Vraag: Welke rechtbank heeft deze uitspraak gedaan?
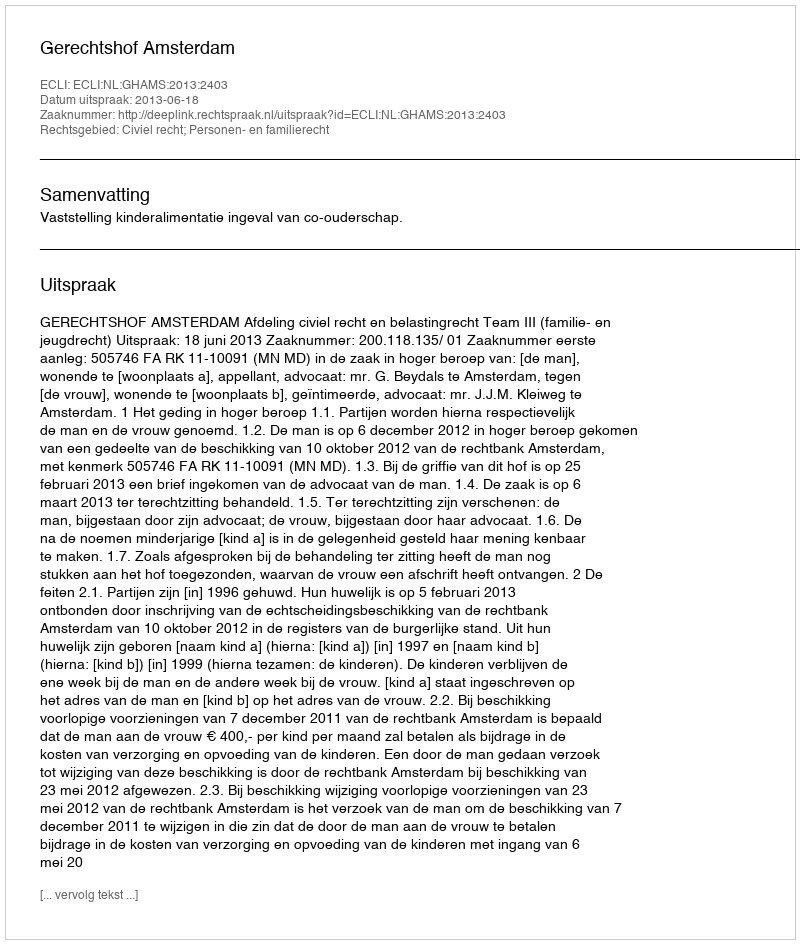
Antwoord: Gerechtshof Amsterdam